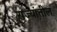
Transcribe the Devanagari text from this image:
रा़ज्यांतील